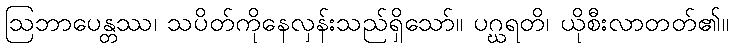
ဩဘာပေန္တဿ၊ သပိတ်ကိုနေလှန်းသည်ရှိသော်။ ပဂ္ဃရတိ၊ ယိုစီးလာတတ်၏။